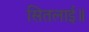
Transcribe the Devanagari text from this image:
सितलाई॥